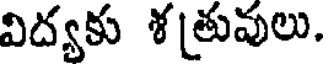
విద్యకు శత్రువులు.